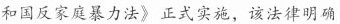
和国反家庭暴力法》正式实施，该法律明确